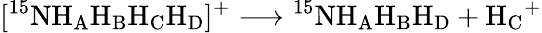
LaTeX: [^{15}\mathrm{NH_{A}H_{B}H_{C}H_{D}}]^{+}\longrightarrow\mathrm{^{15}NH_{A}H_{B}H_{D}}+\mathrm{H_{C}}^{+}